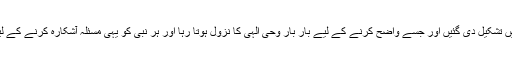
جس کے لیے نبوتیں اور رسالتیں تشکیل دی گئیں اور جسے واضح کرنے کے لیے بار بار وحی الٰہی کا نزول ہوتا رہا اور ہر نبی کو یہی مسئلہ آشکارہ کرنے کے لیے کڑی ذمہ داری سونپی گئی۔